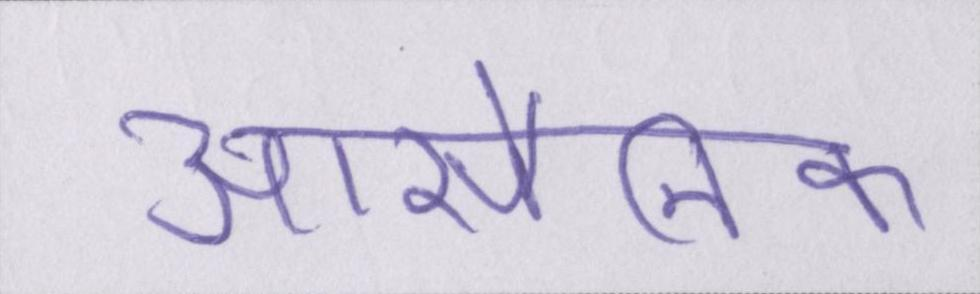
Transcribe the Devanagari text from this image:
आर्सेनिक